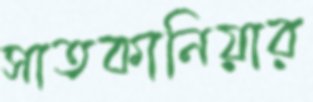
সাতকানিয়ার